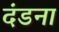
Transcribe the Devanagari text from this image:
दंडना